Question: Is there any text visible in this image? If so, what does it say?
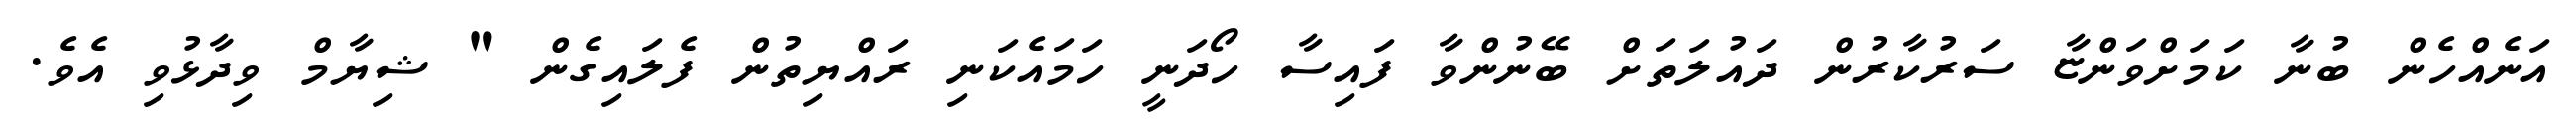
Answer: އަނެއްހެން ބުނާ ކަމަށްވަންޏާ ސަރުކާރުން ދައުލަތަށް ބޭނުންވާ ފައިސާ ހޯދަނީ ހަމައެކަނި ރައްޔިތުން ފެލައިގެން " ޝިޔާމް ވިދާޅުވި އެވެ.